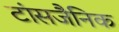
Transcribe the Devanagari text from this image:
टांसजैनिक